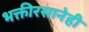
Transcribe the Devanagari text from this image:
भक्तीरसानेही